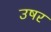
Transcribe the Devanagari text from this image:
उषर